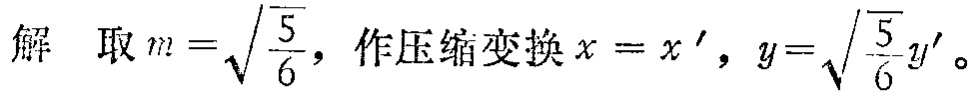
解 取$m = \sqrt{\frac{5}{6}}$，作压缩变换$x = x^{\prime}$，$y = \sqrt{\frac{5}{6}}y^{\prime}$。